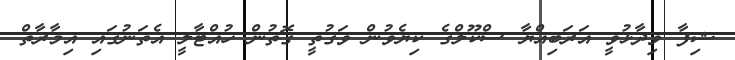
ޝިފާ ވިދާޅުވީ އަރަބިއްޔާ ސްކޫލްގެ ކިޔެވުން ވަގުތީ ގޮތުން ހުއްޓާލީ އެތަނުގައި އިމާރާތް